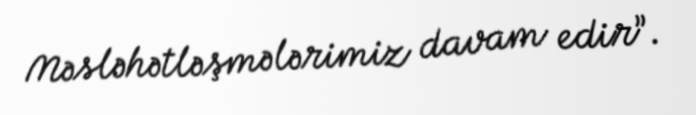
Məsləhətləşmələrimiz davam edir”.